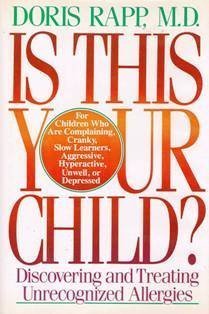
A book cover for Is This Your Child?: Discovering and Treating Unrecognized Allergies; Doris J. Rapp; Health, Fitness & Dieting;